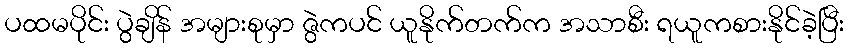
ပထမပိုင်း ပွဲချိန် အများစုမှာ ဇွဲကပင် ယူနိုက်တက်က အသာစီး ရယူကစားနိုင်ခဲ့ပြီး